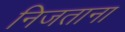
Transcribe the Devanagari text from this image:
निजताना